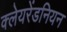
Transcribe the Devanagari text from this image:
क्लेयरेंडनियन